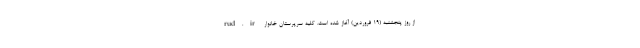
rud.ir از روز پنجشنبه (۱۹ فروردین) آغاز شده است. کلیه سرپرستان خانوار